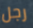
رجل